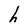
Character: h